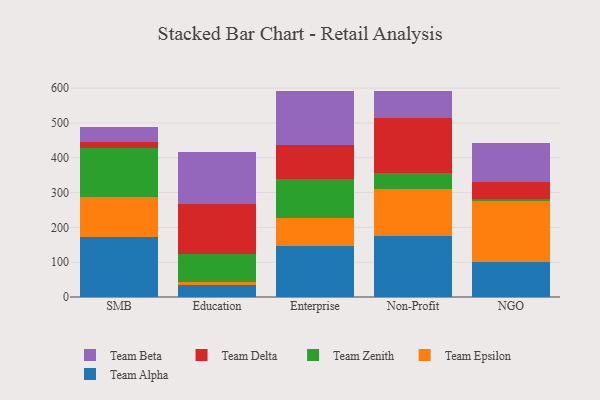
{"axis": {"x": "Segment", "y": "Inventory Turnover"}, "legend": ["Team Alpha", "Team Beta", "Team Delta", "Team Epsilon", "Team Zenith"], "data": [{"x": "SMB", "y": 171.8, "type": "Team Alpha"}, {"x": "SMB", "y": 116.9, "type": "Team Epsilon"}, {"x": "SMB", "y": 138.4, "type": "Team Zenith"}, {"x": "SMB", "y": 19.4, "type": "Team Delta"}, {"x": "SMB", "y": 41.1, "type": "Team Beta"}, {"x": "Education", "y": 34.1, "type": "Team Alpha"}, {"x": "Education", "y": 10.4, "type": "Team Epsilon"}, {"x": "Education", "y": 80.4, "type": "Team Zenith"}, {"x": "Education", "y": 142.0, "type": "Team Delta"}, {"x": "Education", "y": 151.0, "type": "Team Beta"}, {"x": "Enterprise", "y": 146.1, "type": "Team Alpha"}, {"x": "Enterprise", "y": 79.7, "type": "Team Epsilon"}, {"x": "Enterprise", "y": 114.6, "type": "Team Zenith"}, {"x": "Enterprise", "y": 97.7, "type": "Team Delta"}, {"x": "Enterprise", "y": 154.2, "type": "Team Beta"}, {"x": "Non-Profit", "y": 174.7, "type": "Team Alpha"}, {"x": "Non-Profit", "y": 136.4, "type": "Team Epsilon"}, {"x": "Non-Profit", "y": 45.6, "type": "Team Zenith"}, {"x": "Non-Profit", "y": 157.3, "type": "Team Delta"}, {"x": "Non-Profit", "y": 76.9, "type": "Team Beta"}, {"x": "NGO", "y": 100.7, "type": "Team Alpha"}, {"x": "NGO", "y": 174.5, "type": "Team Epsilon"}, {"x": "NGO", "y": 5.2, "type": "Team Zenith"}, {"x": "NGO", "y": 49.0, "type": "Team Delta"}, {"x": "NGO", "y": 113.7, "type": "Team Beta"}]}